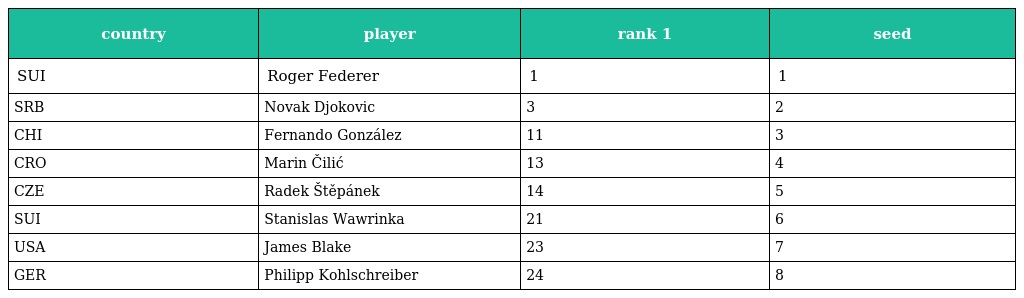
| country | player | rank 1 | seed |
 | --- | --- | --- | --- |
 | SUI | Roger Federer | 1 | 1 |
 | SRB | Novak Djokovic | 3 | 2 |
 | CHI | Fernando González | 11 | 3 |
 | CRO | Marin Čilić | 13 | 4 |
 | CZE | Radek Štěpánek | 14 | 5 |
 | SUI | Stanislas Wawrinka | 21 | 6 |
 | USA | James Blake | 23 | 7 |
 | GER | Philipp Kohlschreiber | 24 | 8 |